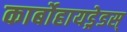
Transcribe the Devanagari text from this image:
कार्बोहायड्रेडस्